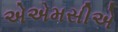
એએમસીએ